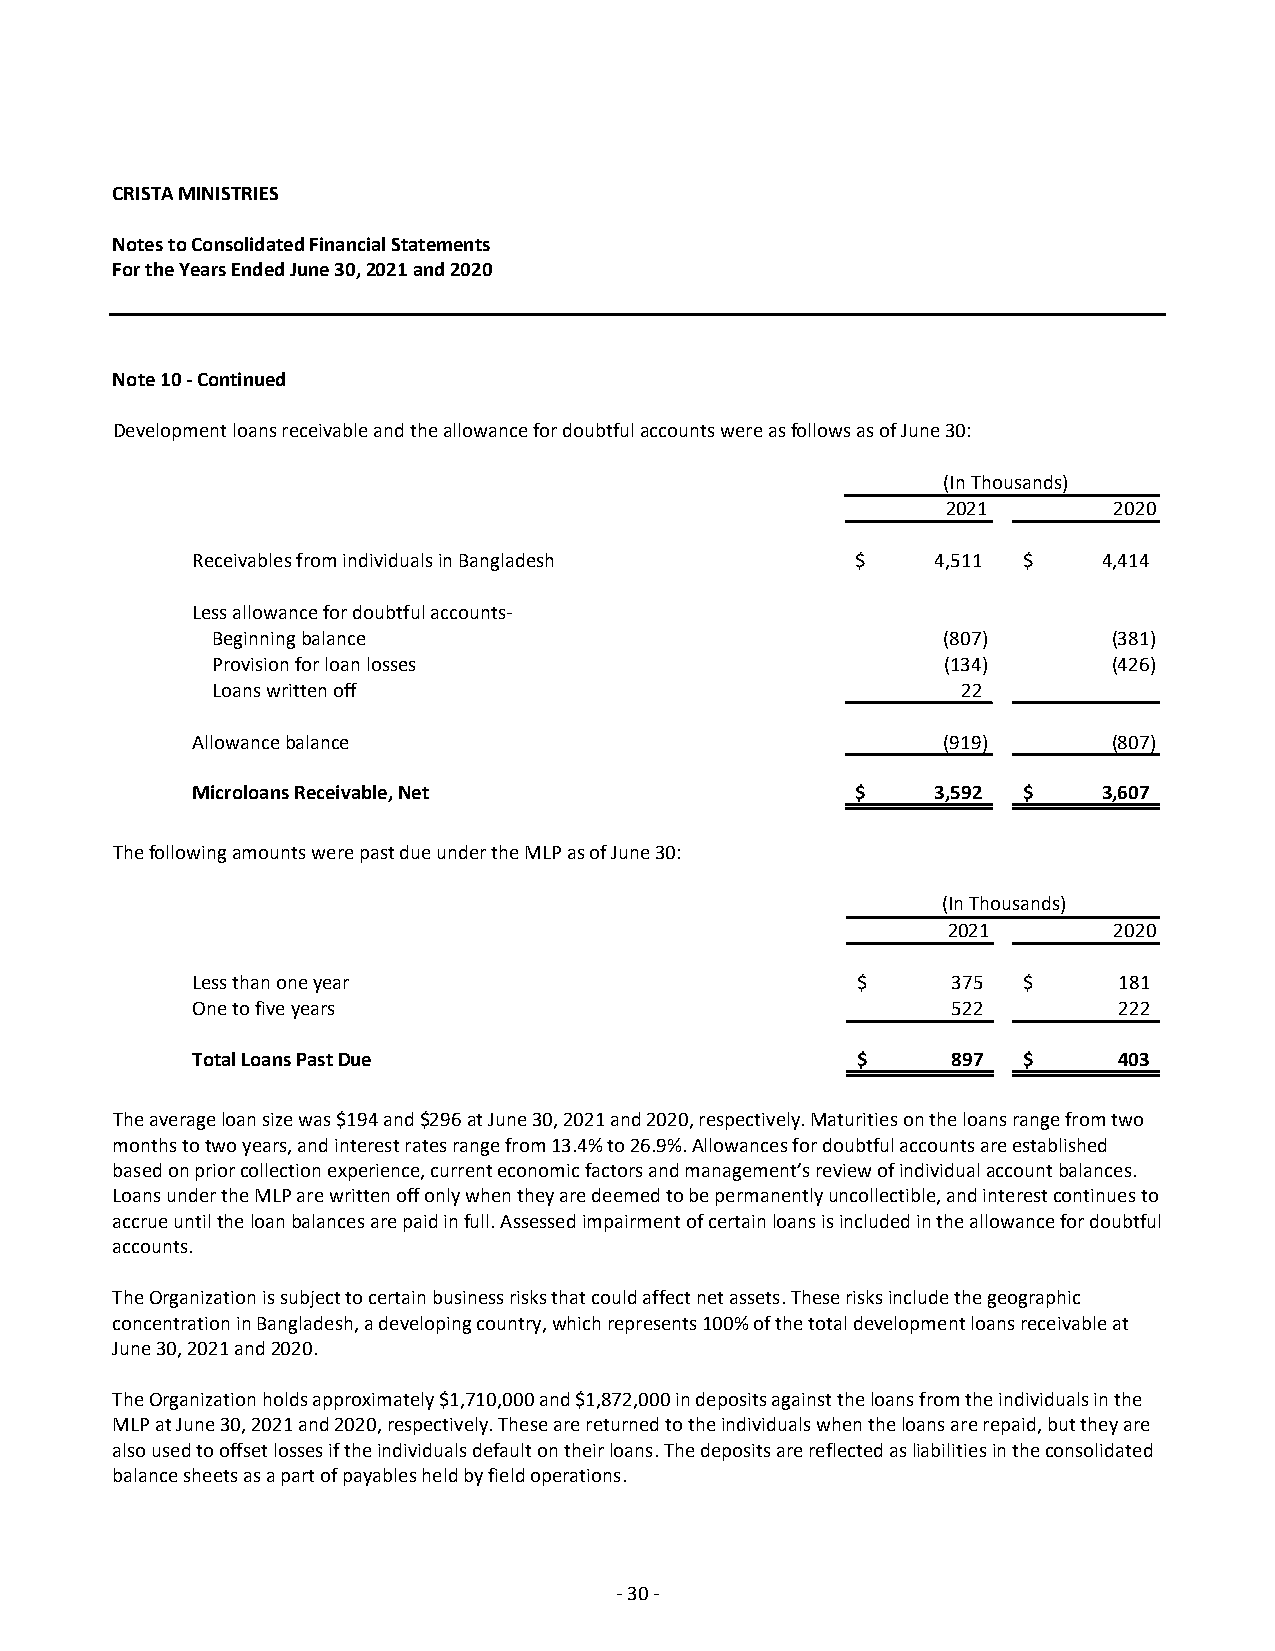
CRISTA MINISTRIES
 Notes to Consolidated Financial Statements
 For the Years Ended June 30, 2021 and 2020
 Note 10 ‐ Continued
 Development loans receivable and the allowance for doubtful accounts were as follows as of June 30:
 (In Thousands)
 2021       2020
 Receivables from individuals in Bangladesh  $    4,511 $    4,414
 Less allowance for doubtful accounts‐
 Beginning balance                                (807)      (381)
 Provision for loan losses                        (134)      (426)
 Loans written off                                 22
 Allowance balance                                 (919)      (807)
 Microloans Receivable, Net                  $    3,592 $    3,607
 The following amounts were past due under the MLP as of June 30:
 (In Thousands)
 2021       2020
 Less than one year                          $     375  $     181
 One to five years                                 522        222
 Total Loans Past Due                        $     897  $     403
 The average loan size was $194 and $296 at June 30, 2021 and 2020, respectively. Maturities on the loans range from two
 months to two years, and interest rates range from 13.4% to 26.9%. Allowances for doubtful accounts are established
 based on prior collection experience, current economic factors and management’s review of individual account balances.
 Loans under the MLP are written off only when they are deemed to be permanently uncollectible, and interest continues to
 accrue until the loan balances are paid in full. Assessed impairment of certain loans is included in the allowance for doubtful
 accounts.
 The Organization is subject to certain business risks that could affect net assets. These risks include the geographic
 concentration in Bangladesh, a developing country, which represents 100% of the total development loans receivable at
 June 30, 2021 and 2020.
 The Organization holds approximately $1,710,000 and $1,872,000 in deposits against the loans from the individuals in the
 MLP at June 30, 2021 and 2020, respectively. These are returned to the individuals when the loans are repaid, but they are
 also used to offset losses if the individuals default on their loans. The deposits are reflected as liabilities in the consolidated
 balance sheets as a part of payables held by field operations.
 ‐ 30 ‐